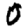
Digit: 0